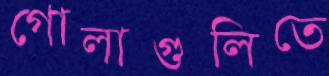
গোলাগুলিতে